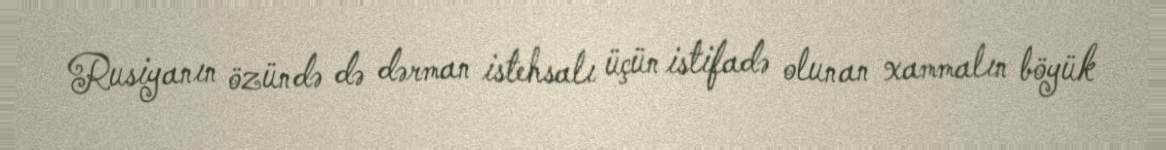
Rusiyanın özündə də dərman istehsalı üçün istifadə olunan xammalın böyük